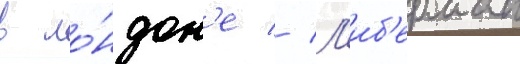
в ло́ндон'е // Л'иб'ерман